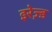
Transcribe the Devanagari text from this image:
इरेज़्ड